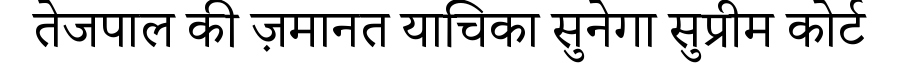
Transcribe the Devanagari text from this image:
तेजपाल की ज़मानत याचिका सुनेगा सुप्रीम कोर्ट